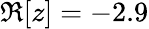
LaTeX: \Re[z]=-2.9